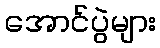
အောင်ပွဲများ